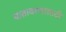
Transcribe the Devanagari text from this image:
वातावरणासाठी